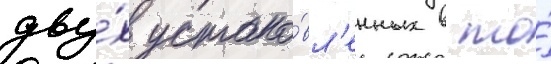
дву́х устано́вл'енных в то́